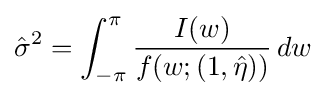
{\hat {\sigma }}^{2}=\int _{-\pi }^{\pi }{\frac {I(w)}{f(w;(1,{\hat {\eta }}))}}\,dw